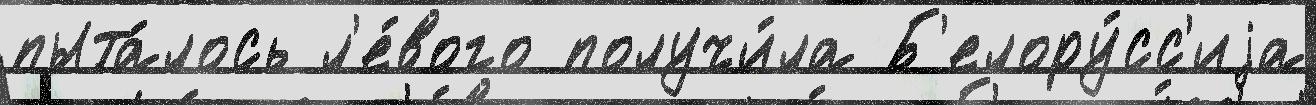
пыта́лось л'е́вого получи́ла Б'елору́сс'иjа